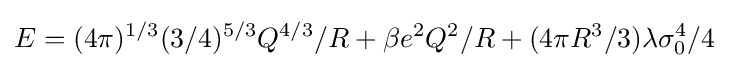
E=(4\pi )^{1/3}(3/4)^{5/3}Q^{4/3}/R+\beta e^{2}Q^{2}/R+(4\pi R^{3}/3)\lambda \sigma _{0}^{4}/4